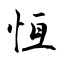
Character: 恆